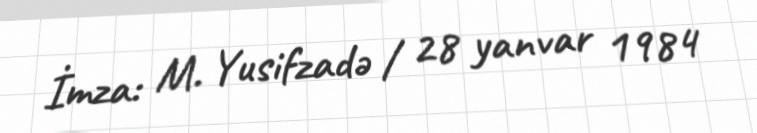
İmza: M. Yusifzadə / 28 yanvar 1984